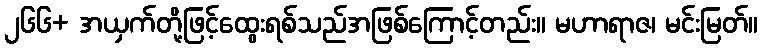
၂၆၆+ အယှက်တို့ဖြင့်ထွေးရစ်သည်အဖြစ်ကြောင့်တည်း။ မဟာရာဇ၊ မင်းမြတ်။